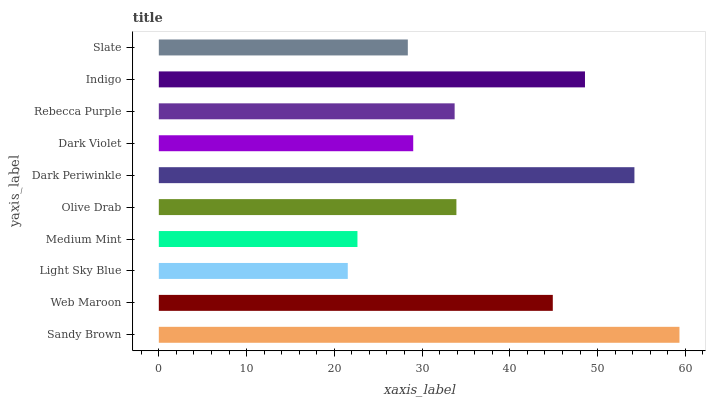
| yaxis_label | bars |
 | --- | --- |
 | Sandy Brown | 59.3 |
 | Web Maroon | 44.9 |
 | Light Sky Blue | 21.5 |
 | Medium Mint | 22.6 |
 | Olive Drab | 33.9 |
 | Dark Periwinkle | 54.2 |
 | Dark Violet | 29 |
 | Rebecca Purple | 33.7 |
 | Indigo | 48.6 |
 | Slate | 28.4 |